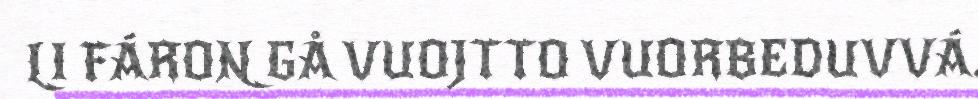
LI FÁRON GÅ VUOJTTO VUORBEDUVVÁ.